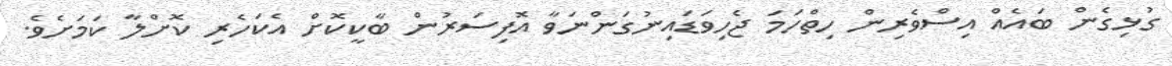
ގުޅިގެން ބައެއް އިސްވެރިން ހިތްހަމަ ޖެހިވަޑައިނުގަންނަވާ އޮފިސަރުން ބާކީކޮށް އެކަހެރި ކޮށްލާ ކަމަށެވެ.